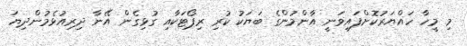
މި މީހާ ހައްޔަރުކޮށްފައިވަނީ އާންމުންގެ ބަޔަކު ކުރި ރިޕޯޓަކާއި ގުޅިގެން އޭނާ ދިރިއުޅެމުންދިޔަ